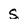
Character: s